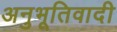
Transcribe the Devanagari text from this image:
अनुभूतिवादी